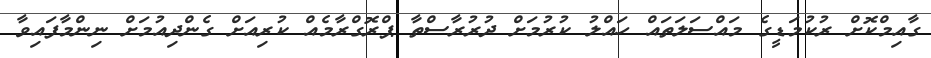
ގާއިމްކޮށް ރުކުމަޑީގެ މައްސަލަތައް ހައްލު ކުރުމަށް ދުރުރާސްތާ ޕްރޮގްރާމެއް ކުރިއަށް ގެންދިއުމަށް ނިންމާފައިވާ